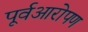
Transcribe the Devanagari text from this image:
पूर्वआरोपण